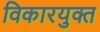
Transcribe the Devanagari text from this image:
विकारयुक्त